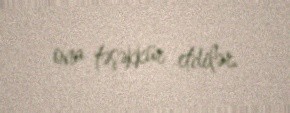
ona təşəkkür etdilər.